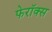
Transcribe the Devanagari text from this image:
फेरॉक्स